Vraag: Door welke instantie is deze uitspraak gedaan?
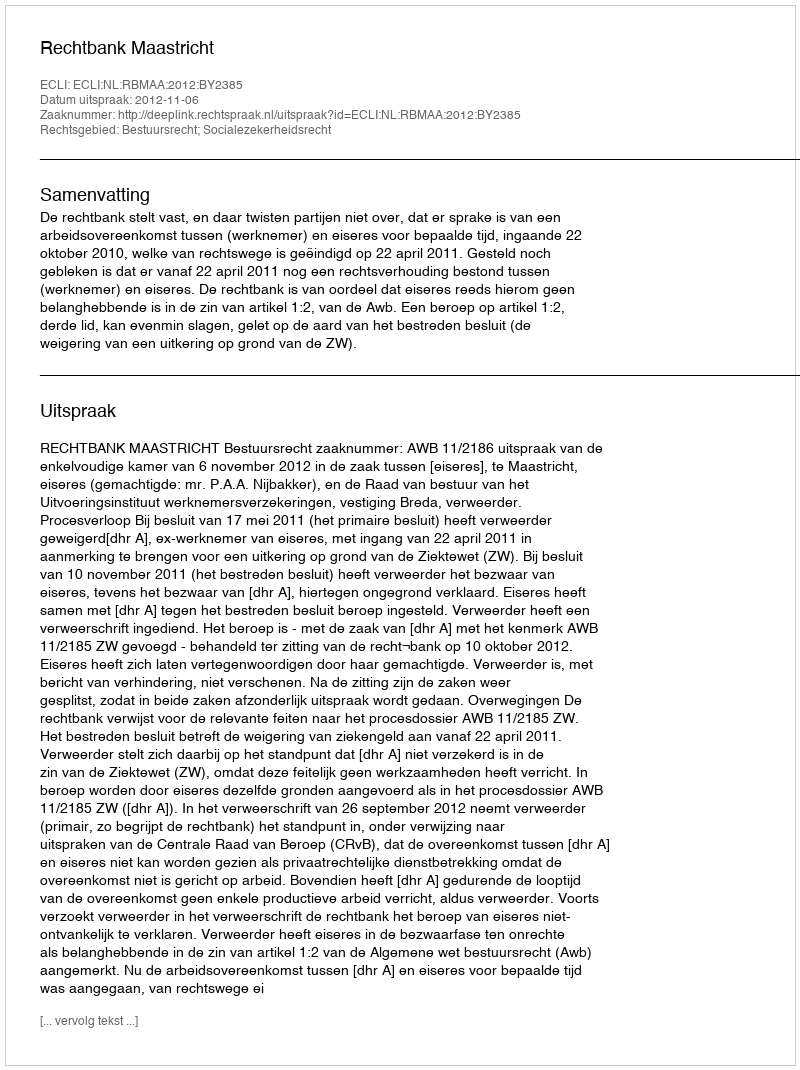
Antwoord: Rechtbank Maastricht